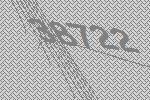
38722